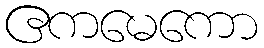
ဧကမေကော